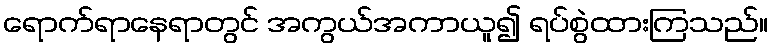
ရောက်ရာနေရာတွင် အကွယ်အကာယူ၍ ရပ်စွဲထားကြသည်။